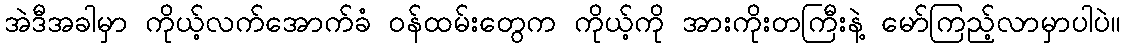
အဲဒီအခါမှာ ကိုယ့်လက်အောက်ခံ ဝန်ထမ်းတွေက ကိုယ့်ကို အားကိုးတကြီးနဲ့ မော်ကြည့်လာမှာပါပဲ။